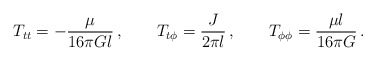
\begin{align*}T_{tt} = -\frac{\mu}{16\pi Gl}\,, \qquad T_{t\phi} = \frac{J}{2\pi l}\,,\qquad T_{\phi\phi} = \frac{\mu l}{16\pi G}\,. \end{align*}